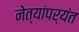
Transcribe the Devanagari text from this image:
नेत्यांपर्यंत